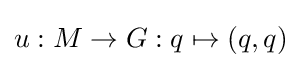
u:M\to G:q\mapsto (q,q)